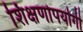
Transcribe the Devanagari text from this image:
शिक्षणोपयोगी